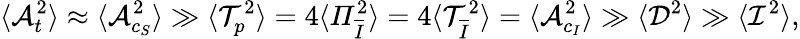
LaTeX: \langle\mathcal{A}_{t}^{2}\rangle\approx\langle\mathcal{A}_{c_{S}}^{2}\rangle\gg\langle\mathcal{T}_{p}^{2}\rangle=4\langle\mathit{\Pi}_{\overline{{I}}}^{2}\rangle=4\langle\mathcal{T}_{\overline{{I}}}^{2}\rangle=\langle\mathcal{A}_{c_{I}}^{2}\rangle\gg\langle\mathcal{D}^{2}\rangle\gg\langle\mathcal{I}^{2}\rangle,